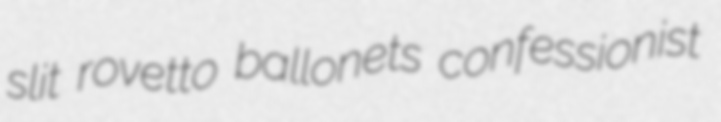
slit rovetto ballonets confessionist